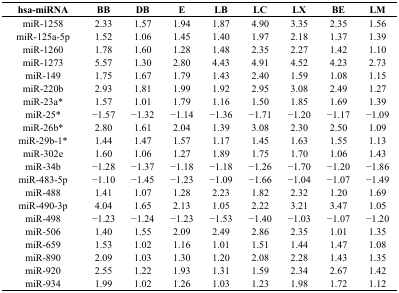
<table><thead><tr><td><b>hsa-miRNA</b></td><td><b>BB</b></td><td><b>DB</b></td><td><b>E</b></td><td><b>LB</b></td><td><b>LC</b></td><td><b>LX</b></td><td><b>BE</b></td><td><b>LM</b></td></tr></thead><tbody><tr><td>miR-1258</td><td>2.33</td><td>1.57</td><td>1.94</td><td>1.87</td><td>4.90</td><td>3.35</td><td>2.35</td><td>1.56</td></tr><tr><td>miR-125a-5p</td><td>1.52</td><td>1.06</td><td>1.45</td><td>1.40</td><td>1.97</td><td>2.18</td><td>1.37</td><td>1.39</td></tr><tr><td>miR-1260</td><td>1.78</td><td>1.60</td><td>1.28</td><td>1.48</td><td>2.35</td><td>2.27</td><td>1.42</td><td>1.10</td></tr><tr><td>miR-1273</td><td>5.57</td><td>1.30</td><td>2.80</td><td>4.43</td><td>4.91</td><td>4.52</td><td>4.23</td><td>2.73</td></tr><tr><td>miR-149</td><td>1.75</td><td>1.67</td><td>1.79</td><td>1.43</td><td>2.40</td><td>1.59</td><td>1.08</td><td>1.15</td></tr><tr><td>miR-220b</td><td>2.93</td><td>1.81</td><td>1.99</td><td>1.92</td><td>2.95</td><td>3.08</td><td>2.49</td><td>1.27</td></tr><tr><td>miR-23a*</td><td>1.57</td><td>1.01</td><td>1.79</td><td>1.16</td><td>1.50</td><td>1.85</td><td>1.69</td><td>1.39</td></tr><tr><td>miR-25*</td><td>−1.57</td><td>−1.32</td><td>−1.14</td><td>−1.36</td><td>−1.71</td><td>−1.20</td><td>−1.17</td><td>−1.09</td></tr><tr><td>miR-26b*</td><td>2.80</td><td>1.61</td><td>2.04</td><td>1.39</td><td>3.08</td><td>2.30</td><td>2.50</td><td>1.09</td></tr><tr><td>miR-29b-1*</td><td>1.44</td><td>1.47</td><td>1.57</td><td>1.17</td><td>1.45</td><td>1.63</td><td>1.55</td><td>1.13</td></tr><tr><td>miR-302e</td><td>1.60</td><td>1.06</td><td>1.27</td><td>1.89</td><td>1.75</td><td>1.70</td><td>1.06</td><td>1.43</td></tr><tr><td>miR-34b</td><td>−1.28</td><td>−1.37</td><td>−1.18</td><td>−1.18</td><td>−1.26</td><td>−1.70</td><td>−1.20</td><td>−1.86</td></tr><tr><td>miR-483-5p</td><td>−1.10</td><td>−1.45</td><td>−1.23</td><td>−1.09</td><td>−1.66</td><td>−1.04</td><td>−1.07</td><td>−1.49</td></tr><tr><td>miR-488</td><td>1.41</td><td>1.07</td><td>1.28</td><td>2.23</td><td>1.82</td><td>2.32</td><td>1.20</td><td>1.69</td></tr><tr><td>miR-490-3p</td><td>4.04</td><td>1.65</td><td>2.13</td><td>1.05</td><td>2.22</td><td>3.21</td><td>3.47</td><td>1.05</td></tr><tr><td>miR-498</td><td>−1.23</td><td>−1.24</td><td>−1.23</td><td>−1.53</td><td>−1.40</td><td>−1.03</td><td>−1.07</td><td>−1.20</td></tr><tr><td>miR-506</td><td>1.40</td><td>1.55</td><td>2.09</td><td>2.49</td><td>2.86</td><td>2.35</td><td>1.01</td><td>1.35</td></tr><tr><td>miR-659</td><td>1.53</td><td>1.02</td><td>1.16</td><td>1.01</td><td>1.51</td><td>1.44</td><td>1.47</td><td>1.08</td></tr><tr><td>miR-890</td><td>2.09</td><td>1.03</td><td>1.30</td><td>1.20</td><td>2.08</td><td>2.28</td><td>1.43</td><td>1.35</td></tr><tr><td>miR-920</td><td>2.55</td><td>1.22</td><td>1.93</td><td>1.31</td><td>1.59</td><td>2.34</td><td>2.67</td><td>1.42</td></tr><tr><td>miR-934</td><td>1.99</td><td>1.02</td><td>1.26</td><td>1.03</td><td>1.23</td><td>1.98</td><td>1.72</td><td>1.12</td></tr></tbody></table>